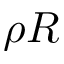
\rho R